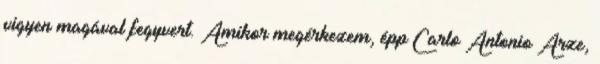
vigyen magával fegyvert. Amikor megérkezem, épp Carlo Antonio Arze,